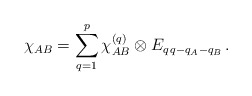
\begin{align*}\chi_{AB}=\sum_{q=1}^p\chi_{AB}^{(q)}\otimes E_{q\,q-q_A-q_B}\,.\end{align*}